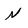
Character: N